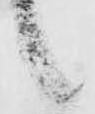
候